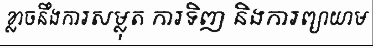
ខ្លាចនឹងការសម្លុត ការទិញ និងការព្យាយាម